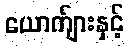
ယောက်ျားနှင့်